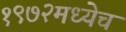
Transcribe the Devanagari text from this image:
१९७२मध्येच